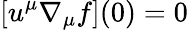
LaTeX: [u^{\mu}\nabla_{\mu}f](0)=0